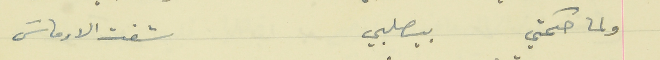
ولما حكمتي بيصلبي                                   شفت الارماسَ